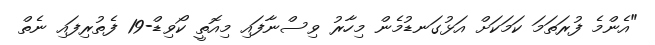
"އެންމެ ފުރަތަމަ ކަމަކަށް އަޅުގަނޑުމެން މިހާރު ވިސްނާފައި މިއޮތީ ކޯވިޑް-19 ފެތުރިފައި ނެތް